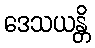
ဒေသယန္တိ